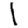
Digit: 1